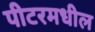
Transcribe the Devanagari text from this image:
पीटरमधील